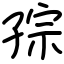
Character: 孮